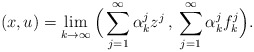
\begin{align*}(x,u)=\lim_{k\to\infty} \Big( \sum_{j=1}^\infty \alpha_k^j z^j\,,\: \sum_{j=1}^\infty \alpha_k^j f_k^j \Big).\end{align*}